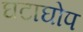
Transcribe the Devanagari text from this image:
घटाघोप